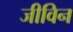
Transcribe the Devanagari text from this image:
जीविन